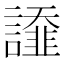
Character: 𧬩